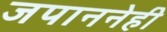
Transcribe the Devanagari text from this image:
जपाननेही